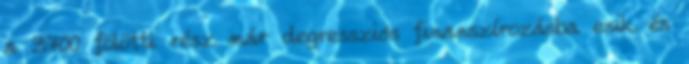
a 3700 fölötti rész már degressziós finanszírozásba esik és